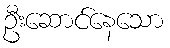
ဦးဆောင်နေသော